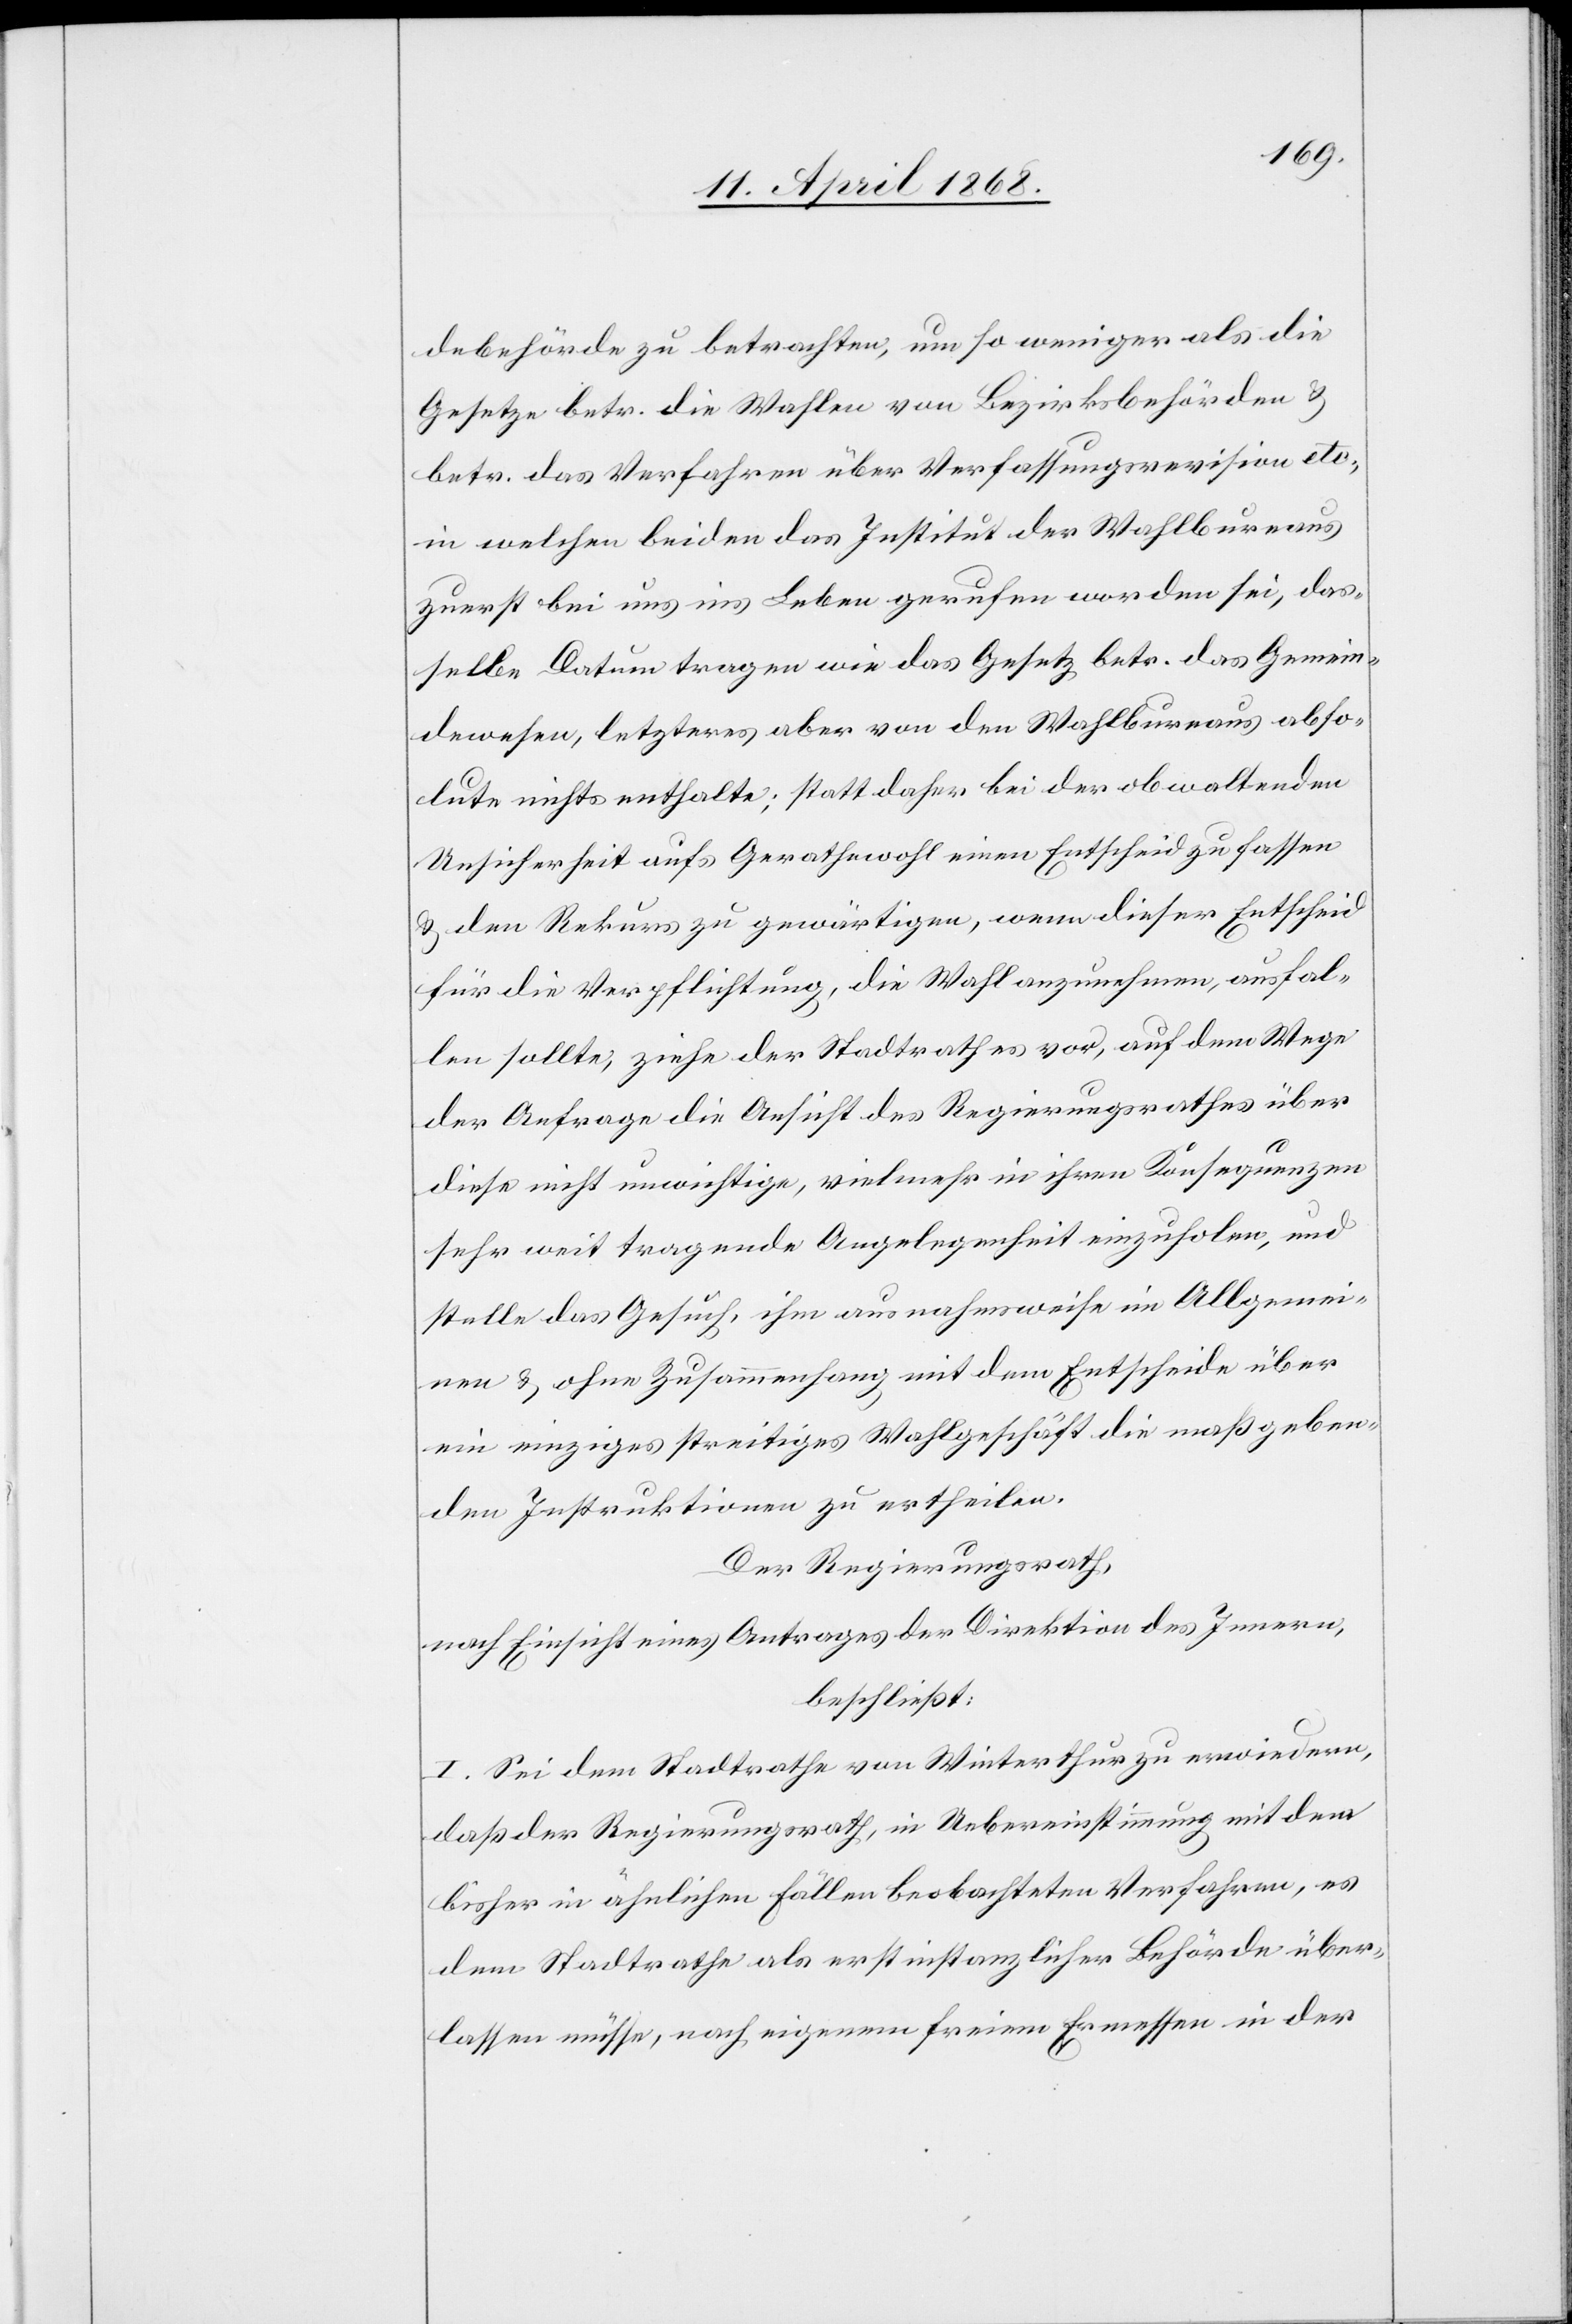
debehörde zu betrachten, um so weniger als die
Gesetze betr. die Wahlen von Bezirksbehörden &
betr. das Verfahren über Verfassungsrevision etc.,
in welchen beiden das Institut der Wahlbureaus
zuerst bei uns ins Leben gerufen worden sei, das¬
selbe Datum tragen wie das Gesetz betr. das Gemein¬
dewesen, letzteres aber von den Wahlbureaus abso¬
lute nichts enthalte; statt daher bei der obwaltenden
Unsicherheit aufs Gerathewohl einen Entscheid zu fassen
& den Rekurs zu gewärtigen, wenn dieser Entscheid
für die Verpflichtung, die Wahl anzunehmen, ausfal¬
len sollte, ziehe der Stadtrath es vor, auf dem Wege
der Anfrage die Ansicht des Regierungsrathes über
diese nicht unwichtige, vielmehr in ihren Konsequenzen
sehr weit tragende Angelegenheit einzuholen, und
stelle das Gesuch, ihm ausnahmsweise im Allgemei¬
nen & ohne Zusammenhang mit dem Entscheide über
ein einziges streitiges Wahlgeschäft die maßgeben¬
den Instruktionen zu ertheilen.
Der Regierungsrath,
nach Einsicht eines Antrages der Direktion des Innern,
beschließt:
I. Sei dem Stadtrathe von Winterthur zu erwiedern,
daß der Regierungsrath, in Uebereinstimmung mit dem
bisher in ähnlichen Fällen beobachteten Verfahren, es
dem Stadtrathe als erstinstanzlicher Behörde über¬
lassen müsse, nach eigenem freiem Ermessen in der